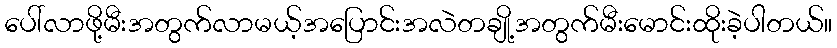
ပေါ်လာဖို့မီးအတွက်လာမယ့်အပြောင်းအလဲတချို့အတွက်မီးမောင်းထိုးခဲ့ပါတယ်။